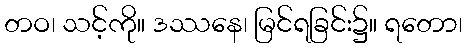
တဝ၊ သင့်ကို။ ဒဿနေ၊ မြင်ရခြင်း၌။ ရတော၊